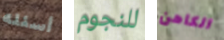
أسئله للنجوم الكاهن